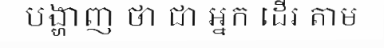
បង្ហាញ ថា ជា អ្នក ដើរ តាម